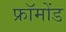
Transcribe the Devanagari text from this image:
फ्रॉमोंड